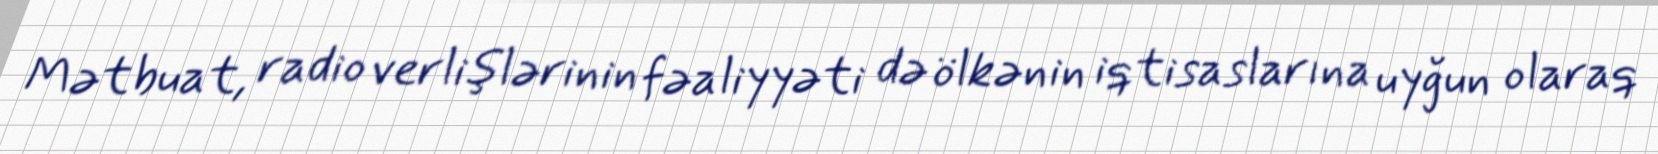
Mətbuat, radio verlişlərinin fəaliyyəti də ölkənin iqtisaslarına uyğun olaraq